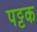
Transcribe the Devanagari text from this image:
पट्टक